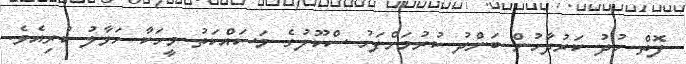
ފޮތް ހުދު ކަރުދާހުން ބަންދު ކުރުމަށްފަހު ސްކޫލުގެ މަސައްކަތު މީހަކާ ހަވާލު ކުރިއެވެ.